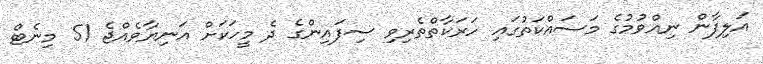
އަލިފާން ނިއްވުމުގެ މަސައްކަތުގައި ހަރަކާތްތެރިވި ސިފައިންގެ ދެ މީހަކަށް އަނިޔާވެއްޖެ 51 މިނެޓް